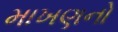
માખણનો